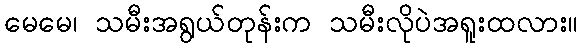
မေမေ၊ သမီးအရွယ်တုန်းက သမီးလိုပဲအရူးထလား။